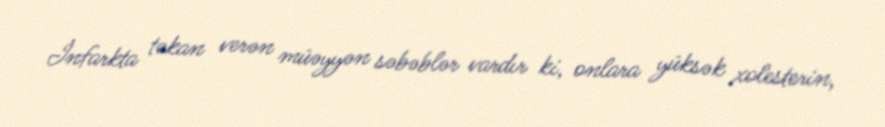
İnfarkta təkan verən müəyyən səbəblər vardır ki, onlara yüksək xolesterin,